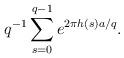
LaTeX: \begin{align*} q^{-1}\sum_{s=0}^{q-1}e^{2\pi h(s)a/q}. \end{align*}